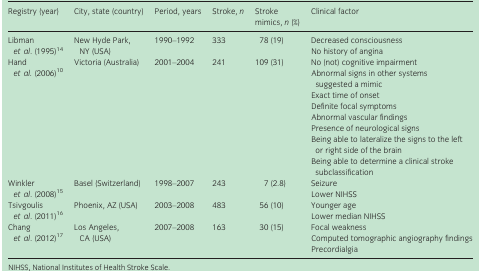
<table><thead><tr><td><b>Registry (year)</b></td><td><b>City, state (country)</b></td><td><b>Period, years</b></td><td><b>Stroke, <i>n</i></b></td><td><b>Stroke mimics, <i>n</i> (%)</b></td><td><b>Clinical factor</b></td></tr></thead><tbody><tr><td>Libman <i>et al</i>. (1995)14</td><td>New Hyde Park, NY (USA)</td><td>1990–1992</td><td>333</td><td>78 (19)</td><td>Decreased consciousnessNo history of angina</td></tr><tr><td>Hand <i>et al</i>. (2006)10</td><td>Victoria (Australia)</td><td>2001–2004</td><td>241</td><td>109 (31)</td><td>No (not) cognitive impairmentAbnormal signs in other systems suggested a mimicExact time of onsetDefinite focal symptomsAbnormal vascular findingsPresence of neurological signsBeing able to lateralize the signs to the left or right side of the brainBeing able to determine a clinical stroke subclassification</td></tr><tr><td>Winkler <i>et al</i>. (2008)15</td><td>Basel (Switzerland)</td><td>1998–2007</td><td>243</td><td>7 (2.8)</td><td>SeizureLower NIHSS</td></tr><tr><td>Tsivgoulis <i>et al</i>. (2011)16</td><td>Phoenix, AZ (USA)</td><td>2003–2008</td><td>483</td><td>56 (10)</td><td>Younger ageLower median NIHSS</td></tr><tr><td>Chang <i>et al</i>. (2012)17</td><td>Los Angeles, CA (USA)</td><td>2007–2008</td><td>163</td><td>30 (15)</td><td>Focal weaknessComputed tomographic angiography findingsPrecordialgia</td></tr></tbody></table>